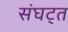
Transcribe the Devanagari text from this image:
संघट्त